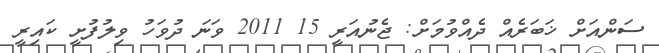
ސަންއަށް ޚަބަރެއް ދެއްވުމަށް: ޖެނުއަރީ 15 2011 ވަނަ ދުވަހު ވިލުފުށީ ކައިރީ